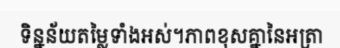
ទិន្នន័យតម្លៃទាំងអស់។ភាពខុសគ្នានៃអត្រា